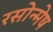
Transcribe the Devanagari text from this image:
रसोन्मेष